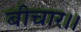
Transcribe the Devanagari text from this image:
बीचार।।